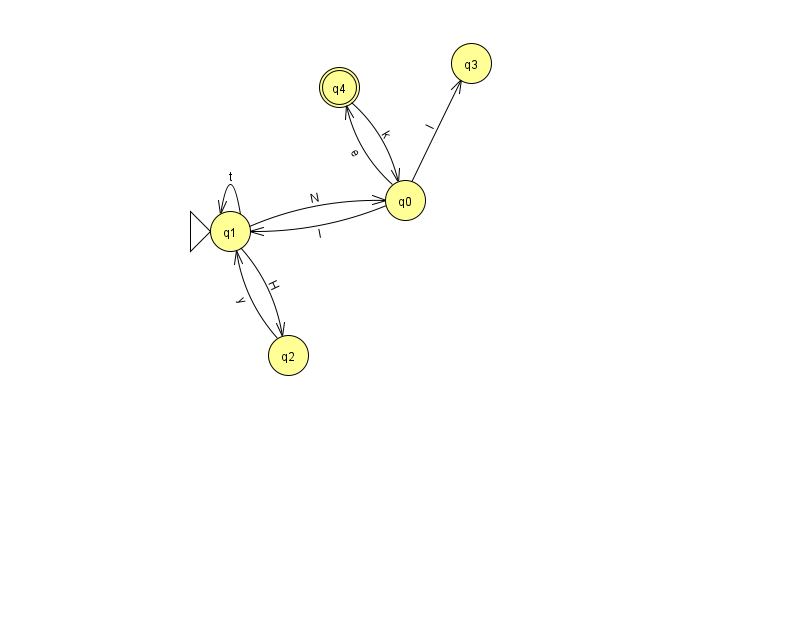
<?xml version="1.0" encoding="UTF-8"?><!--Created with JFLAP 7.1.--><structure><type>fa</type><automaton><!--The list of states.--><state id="0" name="q0"><x>405.0</x><y>187.0</y></state><state id="1" name="q1"><x>230.0</x><y>218.0</y><initial/></state><state id="2" name="q2"><x>288.0</x><y>342.0</y></state><state id="3" name="q3"><x>471.0</x><y>50.0</y></state><state id="4" name="q4"><x>339.0</x><y>74.0</y><final/></state><!--The list of transitions.--><transition><from>0</from><to>3</to><read>I</read></transition><transition><from>4</from><to>0</to><read>k</read></transition><transition><from>1</from><to>1</to><read>t</read></transition><transition><from>0</from><to>1</to><read>l</read></transition><transition><from>0</from><to>4</to><read>e</read></transition><transition><from>1</from><to>2</to><read>H</read></transition><transition><from>1</from><to>0</to><read>N</read></transition><transition><from>2</from><to>1</to><read>y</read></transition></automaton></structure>